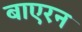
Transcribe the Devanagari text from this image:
बाएरन